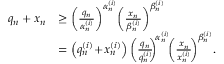
\begin{array} { r l } { q _ { n } + x _ { n } } & { \geq \bigg ( \frac { q _ { n } } { \alpha _ { n } ^ { ( i ) } } \bigg ) ^ { \alpha _ { n } ^ { ( i ) } } \bigg ( \frac { x _ { n } } { \beta _ { n } ^ { ( i ) } } \bigg ) ^ { \beta _ { n } ^ { ( i ) } } } \\ & { = \left( q _ { n } ^ { ( i ) } \! + \! x _ { n } ^ { ( i ) } \right) \bigg ( \frac { q _ { n } } { q _ { n } ^ { ( i ) } } \! \! \bigg ) ^ { \! \alpha _ { n } ^ { ( i ) } } \! \bigg ( \frac { x _ { n } } { x _ { n } ^ { ( i ) } } \! \bigg ) ^ { \beta _ { n } ^ { ( i ) } } . } \end{array}